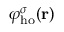
\varphi _ { \mathrm { h o } } ^ { \sigma } ( \mathbf { r } )